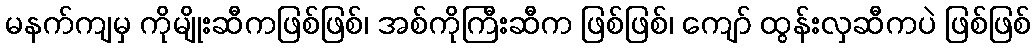
မနက်ကျမှ ကိုမျိုးဆီကဖြစ်ဖြစ်၊ အစ်ကိုကြီးဆီက ဖြစ်ဖြစ်၊ ကျော် ထွန်းလှဆီကပဲ ဖြစ်ဖြစ်